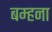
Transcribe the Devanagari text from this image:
बम्‍हना